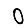
Digit: 0